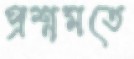
প্রশ্নমতে